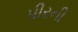
પીરની